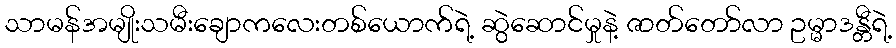
သာမန်အမျိုးသမီးချောကလေးတစ်ယောက်ရဲ့ ဆွဲဆောင်မှုနဲ့ ဇာတ်တော်လာ ဥမ္မာဒန္တီရဲ့